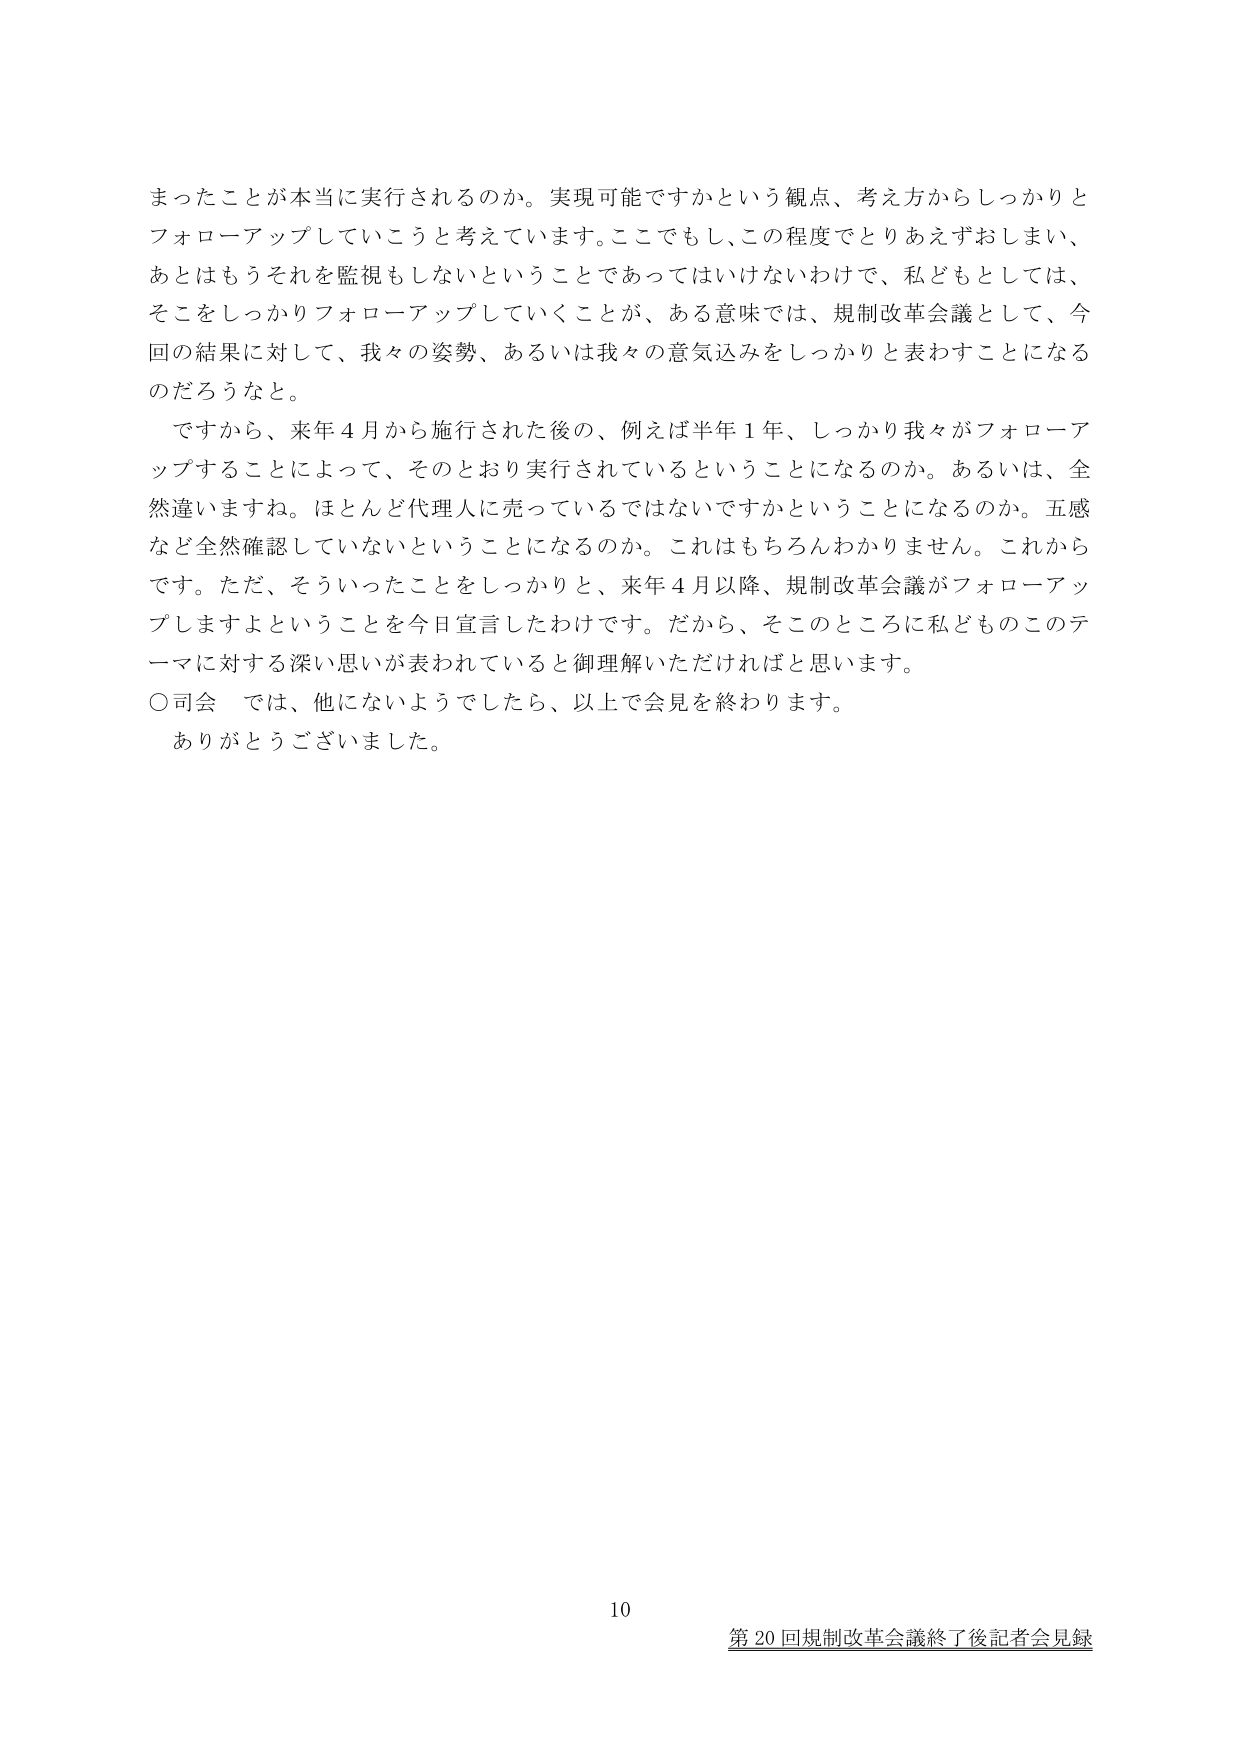
まったことが本当に実行されるのか。実現可能ですかという観点、考え方からしっかりとフォローアップしていこうと考えています。ここでもし、この程度でとりあえずおしまい、あとはもうそれを監視もしないということであってはいけないわけで、私どもとしては、そこをしっかりフォローアップしていくことが、ある意味では、規制改革会議として、今回の結果に対して、我々の姿勢、あるいは我々の意気込みをしっかりと表わすことになるのだろうなと。

ですから、来年４月から施行された後の、例えば半年１年、しっかり我々がフォローアップすることによって、そのとおり実行されているということになるのか。あるいは、全然違いますね。ほとんど代理人に売っているではないですかということになるのか。五感など全然確認していないということになるのか。これはもちろんわかりません。これからです。ただ、そういったことをしっかりと、来年４月以降、規制改革会議がフォローアップしますよということを今日宣言したわけです。だから、そこのところに私どものこのテーマに対する深い思いが表われていると御理解いただければと思います。

○司会　では、他にないようでしたら、以上で会見を終わります。

ありがとうございました。

10

第20回規制改革会議終了後記者会見録